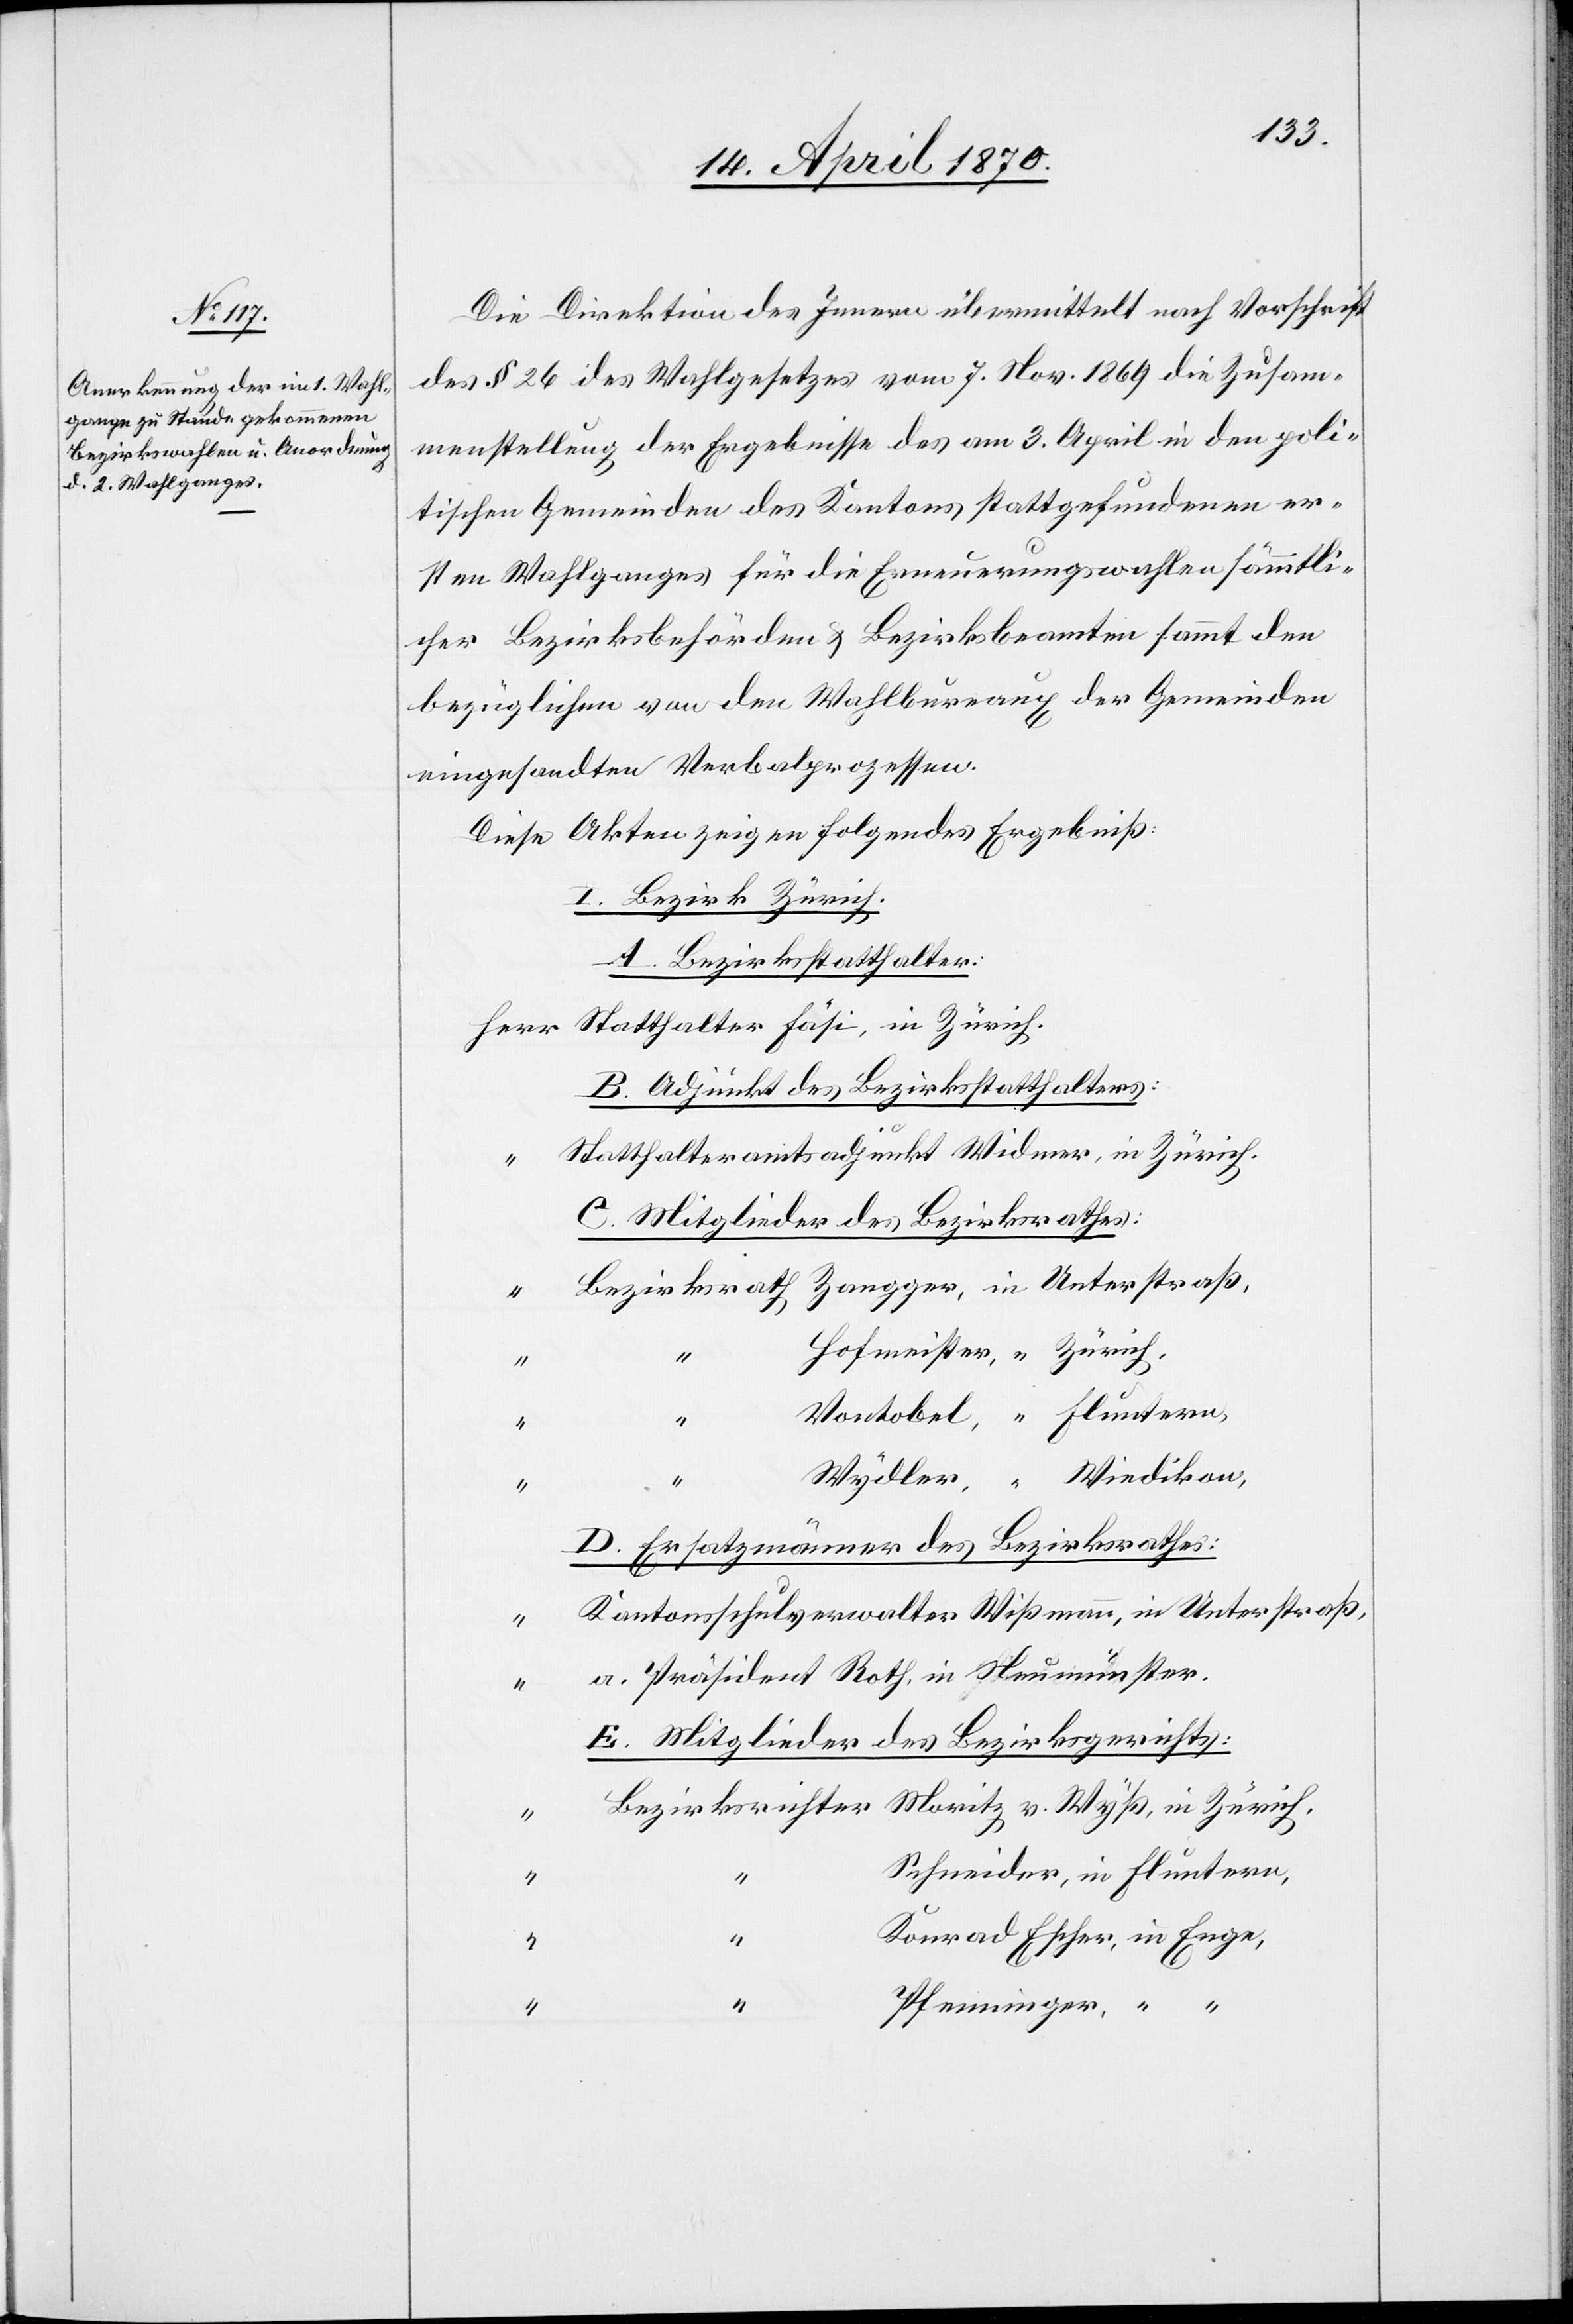
Die Direktion des Innern übermittelt nach Vorschrift
des § 26 des Wahlgesetzes vom 7. Nov. 1869 die Zusam¬
menstellung der Ergebnisse des am 3. April in den poli¬
tischen Gemeinden des Kantons stattgefundenen er¬
sten Wahlganges für die Erneuerungswahlen sämmtli¬
cher Bezirksbehörden & Bezirksbeamten sammt den
bezüglichen von dem Wahlbureaux der Gemeinden
eingesandten Verbalprozessen.
Diese Akten zeigen folgendes Ergebniß:
I. Bezirk Zürich.
A. Bezirksstatthalter.
B. Adjunkt des Bezirksstatthalters.
Statthalteramtsadjunkt Widmer, in Zürich
C. Mitglieder des Bezirksrathes:
Bezirksrath Zangger, in Unterstraß
Hofmeister, “ Zürich,
“
Vontobel, “ Fluntern,
“
“
Wydler, “ Wiedikon,
D. Ersatzmänner des Bezirksrathes:
Kantonsschulverwalter Wißmann, in Unterstraß,
a. Präsident Roth, in Neumünster.
E. Mitglieder des Bezirksgerichts:
Bezirksrichter Moritz v. Wyß, in Zürich,
“
Schneider, in Fluntern,
“
Konrad Escher, in Enge,
“
Pfenninger, “ “